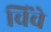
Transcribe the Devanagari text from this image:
चिंचे